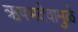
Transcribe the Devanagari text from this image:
ऋषभदेवामुळे